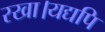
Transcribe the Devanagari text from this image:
रखा।यद्यपि